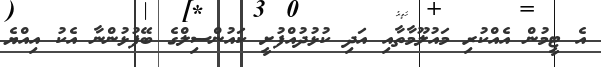
އެ ޓީމުން އެއްކުރި މައުލޫމާތާއި އަދި ކުޅުުދުއްފުށީ ކައުންސިލްގެ ބޭފުޅުންނާ އެކު އިއްޔެ